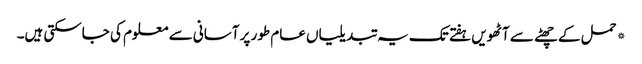
*حمل کے چھٹے سے آٹھویں ہفتے تک یہ تبدیلیاں عام طور پر آسانی سے معلوم کی جاسکتی ہیں۔